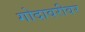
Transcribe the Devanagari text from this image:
गोदावरीवर